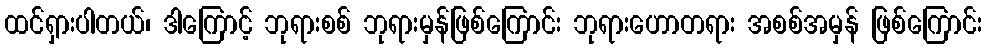
ထင်ရှားပါတယ်၊ ဒါကြောင့် ဘုရားစစ် ဘုရားမှန်ဖြစ်ကြောင်း ဘုရားဟောတရား အစစ်အမှန် ဖြစ်ကြောင်း